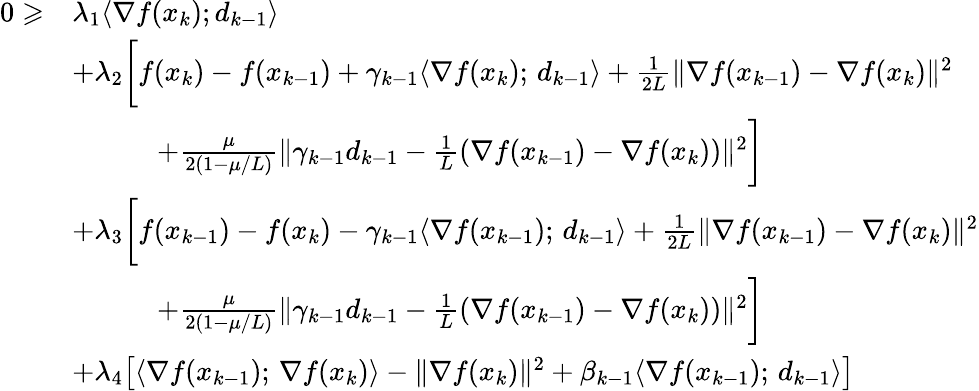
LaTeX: \begin{array}{rl}{0\geqslant}&{\lambda_{1}\langle\nabla f(x_{k});d_{k-1}\rangle}\\ &{+\lambda_{2}\bigg[f(x_{k})-f(x_{k-1})+\gamma_{k-1}\langle\nabla f(x_{k});\, d_{k-1}\rangle+\frac{1}{2L}\| \nabla f(x_{k-1})-\nabla f(x_{k})\| ^{2}}\\ &{\quad\quad\quad+\frac{\mu}{2(1-\mu/L)}\| \gamma_{k-1}d_{k-1}-\frac{1}{L}(\nabla f(x_{k-1})-\nabla f(x_{k}))\| ^{2}\bigg]}\\ &{+\lambda_{3}\bigg[f(x_{k-1})-f(x_{k})-\gamma_{k-1}\langle\nabla f(x_{k-1});\, d_{k-1}\rangle+\frac{1}{2L}\| \nabla f(x_{k-1})-\nabla f(x_{k})\| ^{2}}\\ &{\quad\quad\quad+\frac{\mu}{2(1-\mu/L)}\| \gamma_{k-1}d_{k-1}-\frac{1}{L}(\nabla f(x_{k-1})-\nabla f(x_{k}))\| ^{2}\bigg]}\\ &{+\lambda_{4}\big[\langle\nabla f(x_{k-1});\, \nabla f(x_{k})\rangle-\| \nabla f(x_{k})\| ^{2}+\beta_{k-1}\langle\nabla f(x_{k-1});\, d_{k-1}\rangle\big]}\end{array}